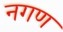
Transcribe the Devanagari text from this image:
नगण